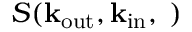
S ( \bf k _ { \mathrm { o u t } } , \bf k _ { \mathrm { i n } } , \omega )